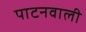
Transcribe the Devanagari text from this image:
पाटनवाली